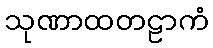
သုဏာထတဠာကံ